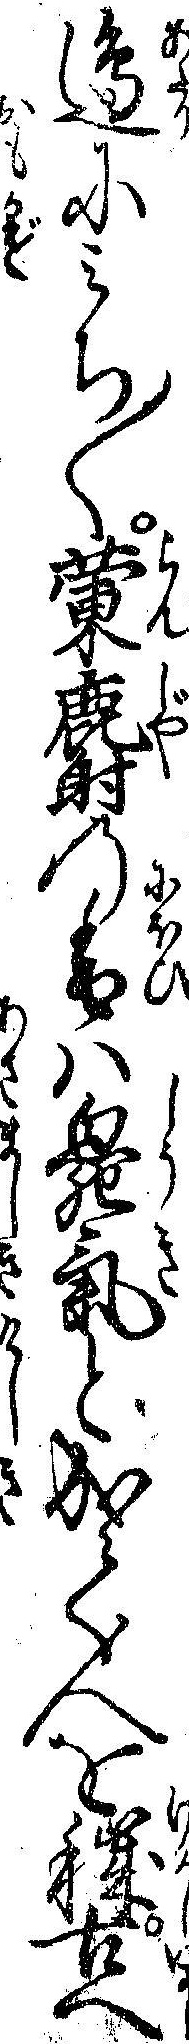
辺にミち〱蘭麝の香は臭気と成て人を穢古へ